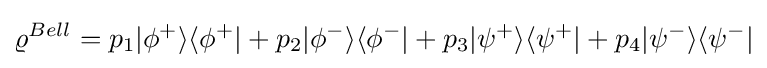
\varrho ^{Bell}=p_{1}|\phi ^{+}\rangle \langle \phi ^{+}|+p_{2}|\phi ^{-}\rangle \langle \phi ^{-}|+p_{3}|\psi ^{+}\rangle \langle \psi ^{+}|+p_{4}|\psi ^{-}\rangle \langle \psi ^{-}|